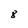
Character: 8